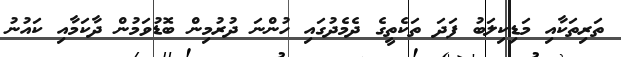
ތަރިތަކާއި މަޑިކިލަބު ފަދަ ތަކެތީގެ ދެމެދުގައި ހުންނަ ދުރުމިން ބޮޑުވަމުން ދާކަމާއި ކައުނު